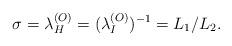
LaTeX: \begin{align*}\sigma = \lambda_H^{(O)} = (\lambda_I^{(O)})^{-1} = L_1/L_2.\end{align*}